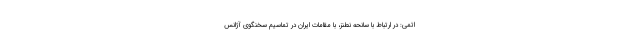
اتمی: در ارتباط با سانحه نطنز، با مقامات ایران در تماسیم سخنگوی آژانس